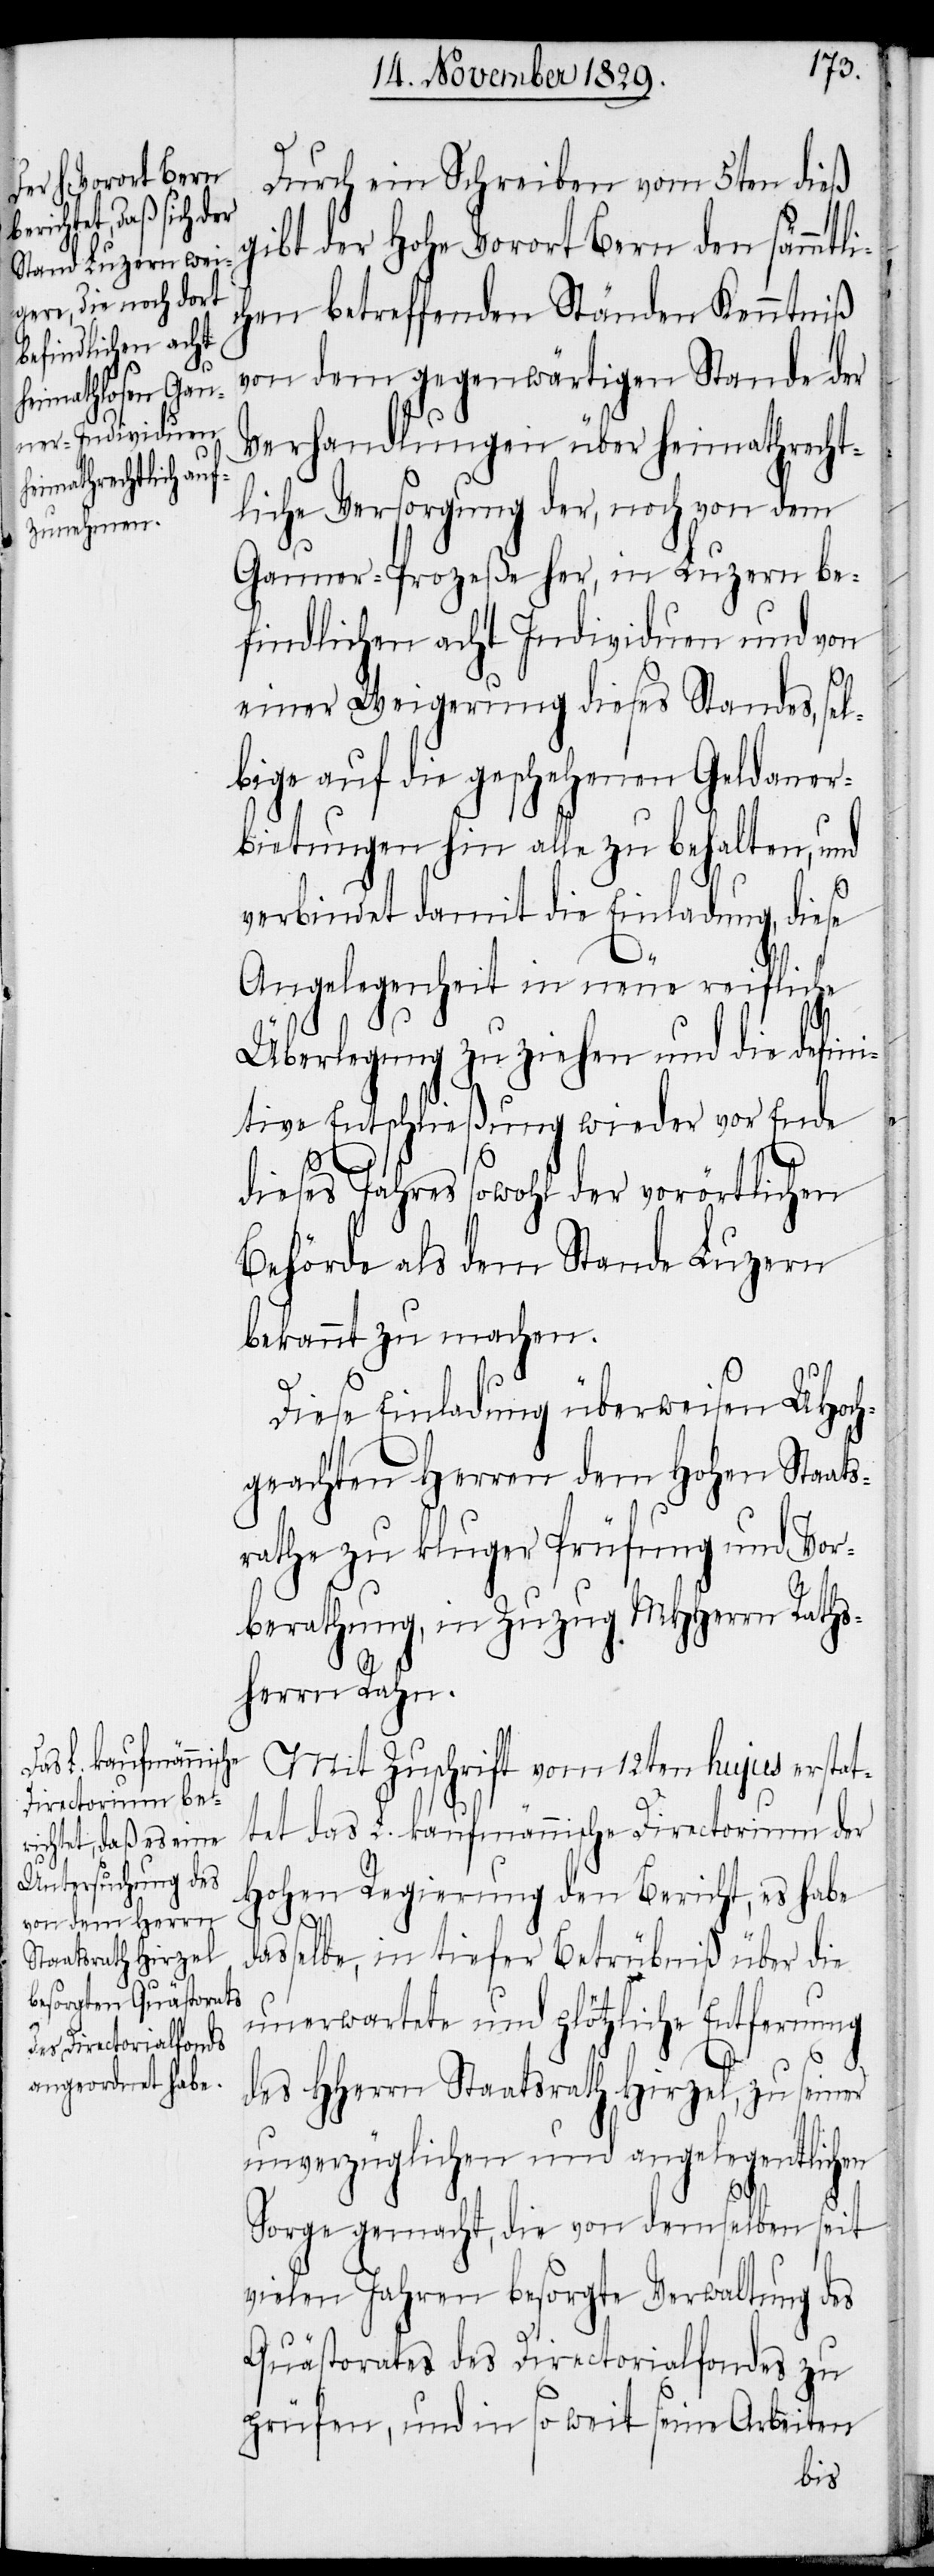
Durch ein Schreiben vom 5ten dieß
gibt der Hohe Vorort Bern den sämmtli¬
chen betreffenden Ständen Kenntniß
von dem gegenwärtigen Stande der
Verhandlungen über heimathrecht¬
liche Versorgung der, noch von dem
Gauner-Prozeße her, in Luzern be¬
findlichen acht Individuen und von
d¬
einer Weigerung dieses Standes, sel¬
bige auf die geschehenen Geldaner¬
bietungen hin alle zu behalten, und
verbindet damit die Einladung, diese
Angelegenheit in neue reifliche
Überlegung zu ziehen und die defini¬
tive Entschließung wieder vor Ende
dieses Jahres sowohl der vorörtlichen
Behörde als dem Stande Luzern
bekannt zu machen.
Diese Einladung überweisen UHoch¬
geachten Herren dem Hohen Staats¬
rathe zu kluger Prüfung und Vor¬
berathung, in Zuzug MHHerrn Raths¬
herrn Rahn.
Mit Zuschrift vom 12ten hujus erstat¬
tet das L. kaufmännische Directorium der
Hohen Regierung den Bericht, es habe
asselbe, in tiefer Betrübniß über die
unerwartete und plötzliche Entfernung
des HHerrn Staatsrath Hirzel, zu seiner
unverzüglichen und angelegentlichen
Sorge gemacht, die von demselben seit
vielen Jahren besorgte Verwaltung des
Quästorates des Directorialfondes zu
prüfen, und in so weit seine Arbeiten